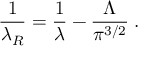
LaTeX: \frac { 1 } { \lambda _ { R } } = \frac { 1 } { \lambda } - \frac { \Lambda } { \pi ^ { 3 / 2 } } \; .